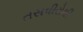
તસવીરોથી